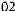
02